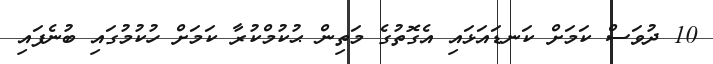
10 ދުވަސް ކަމަށް ކަނޑައަޅައި އެގޮތުގެ މަތިން ޙުކުމްކުރާ ކަމަށް ހުކުމުގައި ބުނެފައި